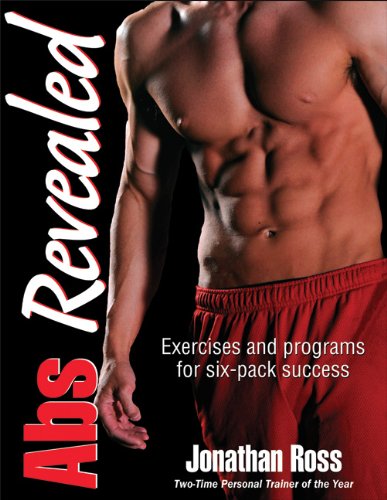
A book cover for Abs Revealed; Jonathan Ross; Health, Fitness & Dieting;